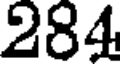
284